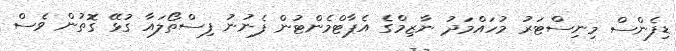
ޑިފެންސް މިނިސްޓަރު މުހައްމަދު ނާޒިމްގެ އެޕާޓްމެންޓުން ފެނުނު ފިސްތޯލައާ ގުޅޭ ގޮތުން ވެސް